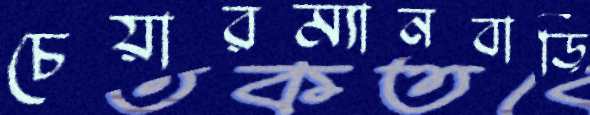
চেয়ারম্যানবাড়ি